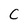
Character: C